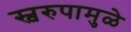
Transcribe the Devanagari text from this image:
स्वरुपामुळे